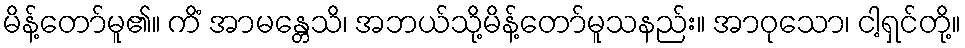
မိန့်တော်မူ၏။ ကိံ အာမန္တေသိ၊ အဘယ်သို့မိန့်တော်မူသနည်း။ အာဝုသော၊ ငါ့ရှင်တို့။